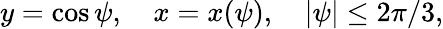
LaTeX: y=\cos\psi,\quad x=x(\psi),\quad|\psi|\leq 2\pi/3,